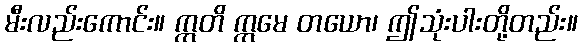
မီးလည်းကောင်း။ ဣတိ ဣမေ တယော၊ ဤသုံးပါးတို့တည်း။